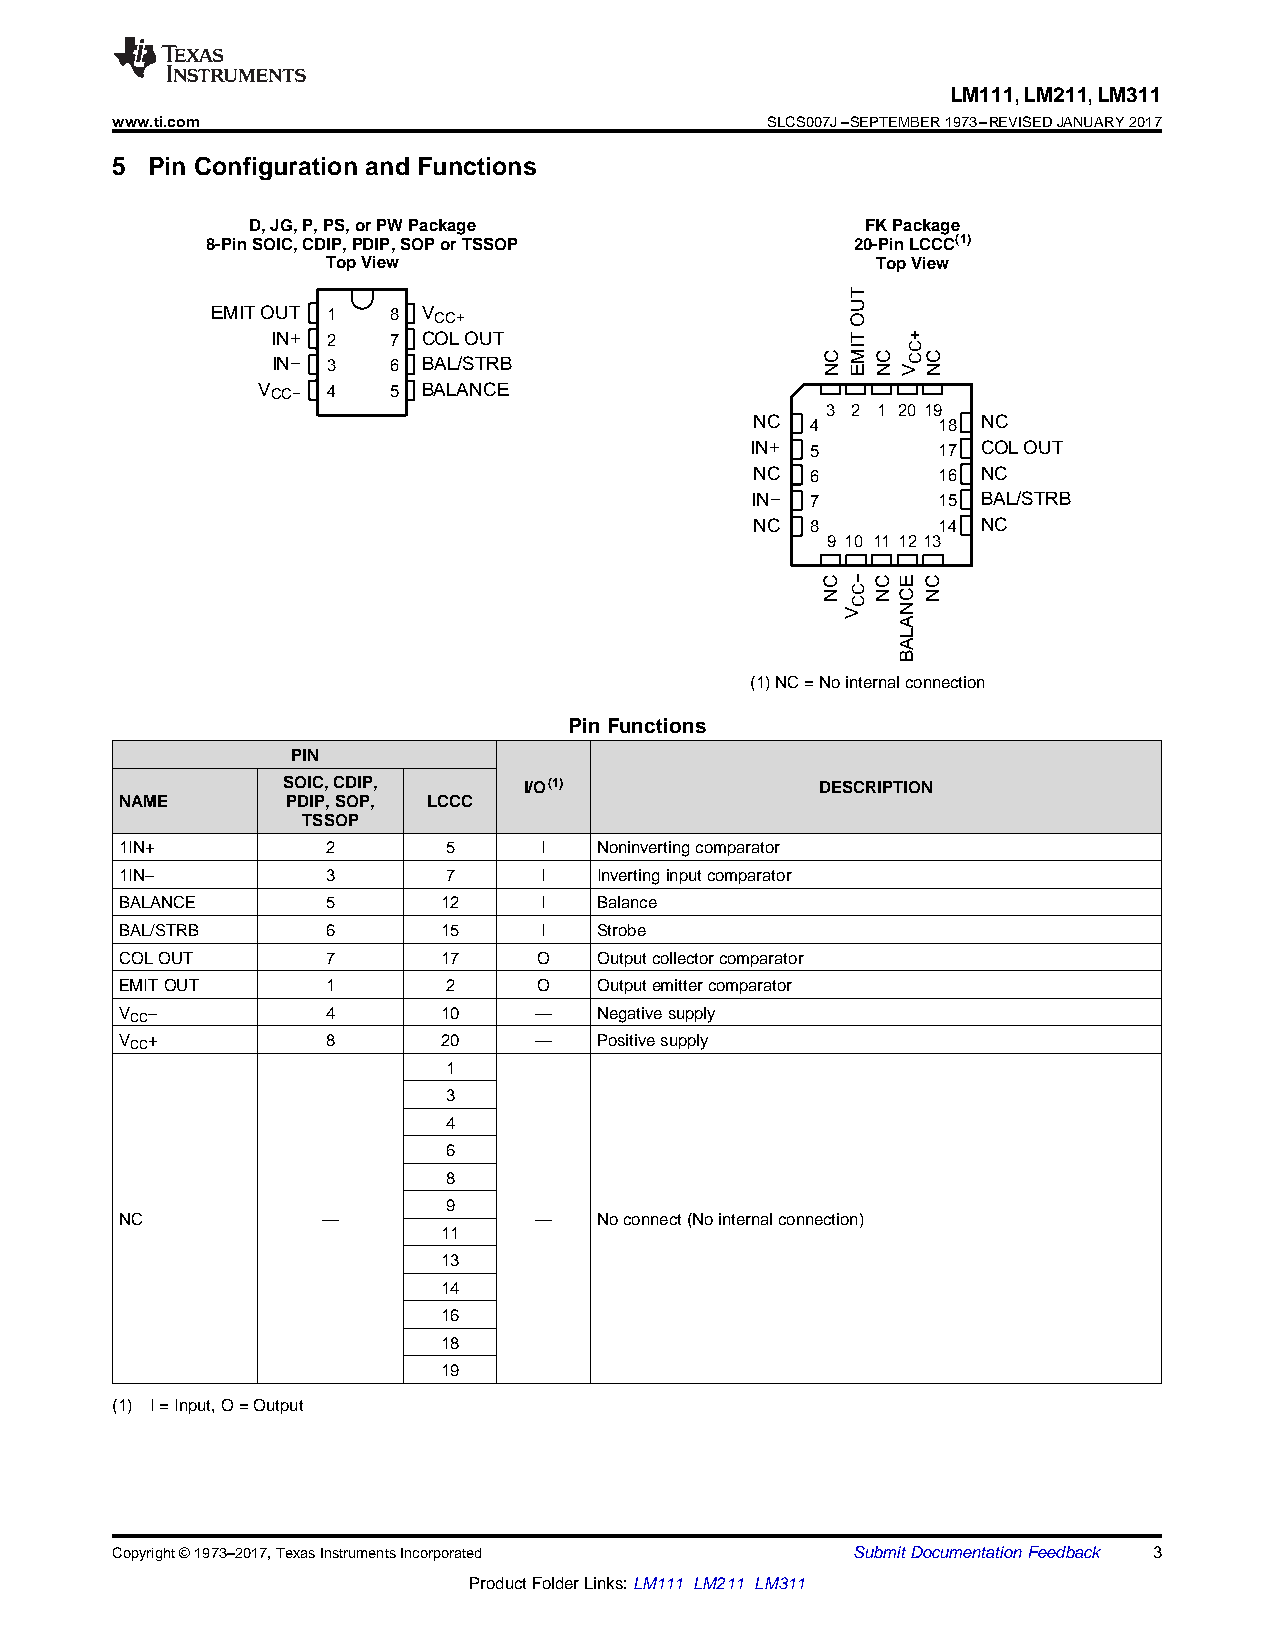
LM111,LM211,LM311
 www.ti.com                                  SLCS007J–SEPTEMBER1973–REVISEDJANUARY2017
 5  Pin Configuration and Functions
 D,JG,P,PS,orPWPackage                    FKPackage
 8-PinSOIC,CDIP,PDIP,SOPorTSSOP             20-PinLCCC(1)
 TopView                             TopView
 T
 EMITOUT 1   8 V CC+                       OU
 IN+ 2   7 COLOUT                      T   +
 IN− 3   6 BAL/STRB                  C
 MI
 C
 CC
 C
 N E N VN
 V CC− 4  5 BALANCE
 3 2 1 20 19
 NC  4       18 NC
 IN+ 5       17 COLOUT
 NC  6       16 NC
 IN− 7       15 BAL/STRB
 NC  8       14 NC
 9 10 11 1213
 C − CE C
 N C NC N
 C  N
 V
 A
 L
 A
 B
 (1)NC=Nointernalconnection
 PinFunctions
 PIN
 SOIC,CDIP,      I/O(1)             DESCRIPTION
 NAME       PDIP,SOP, LCCC
 TSSOP
 1IN+          2       5     I   Noninvertingcomparator
 1IN–          3       7     I   Invertinginputcomparator
 BALANCE       5      12     I   Balance
 BAL/STRB      6      15     I   Strobe
 COLOUT        7      17     O   Outputcollectorcomparator
 EMITOUT       1       2     O   Outputemittercomparator
 V –           4      10    —    Negativesupply
 CC
 V +           8      20    —    Positivesupply
 CC
 1
 3
 4
 6
 8
 9
 NC           —             —    Noconnect(Nointernalconnection)
 11
 13
 14
 16
 18
 19
 (1) I=Input,O=Output
 Copyright©1973–2017,TexasInstrumentsIncorporated SubmitDocumentationFeedback 3
 ProductFolderLinks:LM111 LM211 LM311